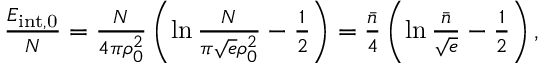
\begin{array} { r } { \frac { E _ { \mathrm { { i n t } , 0 } } } N = \frac { N } { 4 \pi \rho _ { 0 } ^ { 2 } } \left( \ln \frac N { \pi \sqrt { e } \rho _ { 0 } ^ { 2 } } - \frac 1 2 \right) = \frac { \bar { n } } { 4 } \left( \ln \frac { \bar { n } } { \sqrt { e } } - \frac 1 2 \right) , } \end{array}